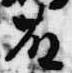
藤